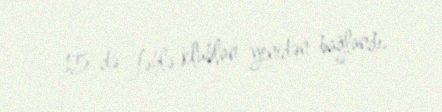
15-də fəhlə klublan yenidən bağlandı.